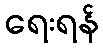
ရေးရန်